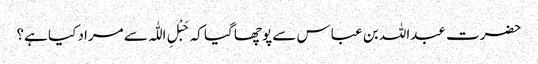
حضرت عبداللہ بن عباس سے پوچھا گیا کہ حَبْلِ اللّٰہ سے مراد کیا ہے؟